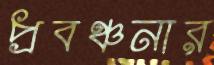
প্রবঞ্চনার